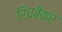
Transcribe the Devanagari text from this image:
रिचबेकर